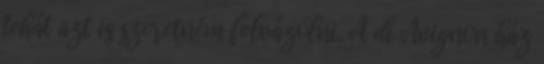
tehát azt is szeretném felvázolni. A di Avignon ház